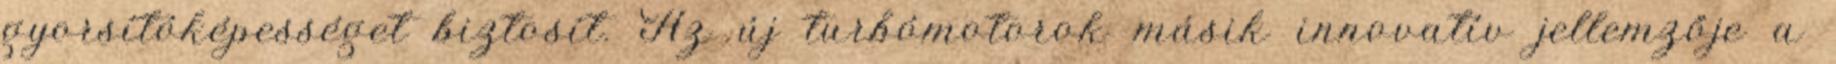
gyorsítóképességet biztosít. Az új turbómotorok másik innovatív jellemzője a